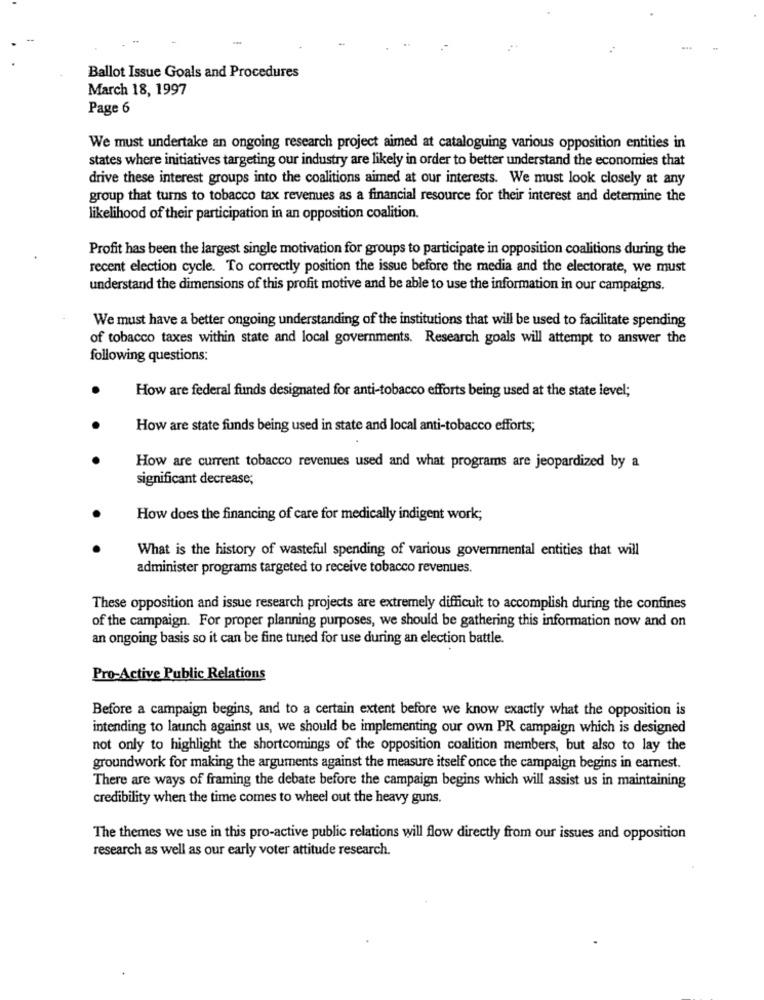
Ballot Issue Goals and Procedures
March 18, 1997
Page 6
We must undertake an ongoing research project aimed at cataloguing various opposition entities in
states where initiatives targeting our industry are likely in order to better understand the economies that
drive these interest groups into the coalitions aimed at our interests. We must look closely at any
group that turns to tobacco tax revenues as a financial resource for their interest and determine the
likelihood of their participation in an opposition coalition.
Profit has been the largest single motivation for groups to participate in opposition coalitions during the
recent election cycle. To correctly position the issue before the media and the electorate, we must
understand the dimensions of this profit motive and be able to use the information in our campaigns.
We must have a better ongoing understanding of the institutions that will be used to facilitate spending
of tobacco taxes within state and local governments. Research goals will attempt to answer the
following questions:
How are federal funds designated for anti-tobacco efforts being used at the state level;
How are state funds being used in state and local anti-tobacco efforts;
How are current tobacco revenues used and what programs are jeopardized by a
significant decrease;
How does the financing of care for medically indigent work;
What is the history of wasteful spending of various governmental entities that will
administer programs targeted to receive tobacco revenues.
These opposition and issue research projects are extremely difficult to accomplish during the confines
of the campaign. For proper planning purposes, we should be gathering this information now and on
an ongoing basis so it can be fine tuned for use during an election battle.
Pro-Active Public Relations
Before a campaign begins, and to a certain extent before we know exactly what the opposition is
intending to launch against us, we should be implementing our own PR campaign which is designed
not only to highlight the shortcomings of the opposition coalition members, but also to lay the
groundwork for making the arguments against the measure itself once the campaign begins in earnest.
There are ways of framing the debate before the campaign begins which will assist us in maintaining
credibility when the time comes to wheel out the heavy guns.
The themes we use in this pro-active public relations will flow directly from our issues and opposition
research as well as our early voter attitude research.